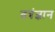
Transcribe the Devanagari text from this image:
तत्रंज्ञान